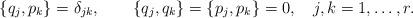
LaTeX: \begin{align*}\{q_{j},p_{k}\}=\delta_{jk},\qquad \{q_{j},q_{k}\}= \{p_{j},p_{k}\}=0,\quad j,k=1,\ldots,r.\end{align*}